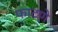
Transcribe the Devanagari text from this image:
फाटणे